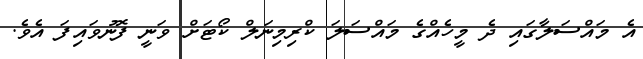
އެ މައްސަލާގައި ދެ މީހެއްގެ މައްސަލަ ކްރިމިނަލް ކޯޓަށް ވަނީ ފޮނުވައިފަ އެވެ.